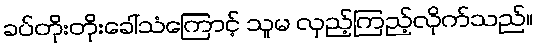
ခပ်တိုးတိုးခေါ်သံကြောင့် သူမ လှည့်ကြည့်လိုက်သည်။